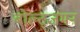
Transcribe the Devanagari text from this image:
बोल्ट्जमन